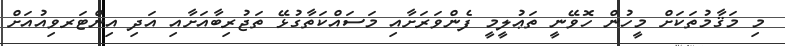
މި މަޤާމުތަކަށް މީހުން ހޮވޭނީ ތަޢުލީމީ ފެންވަރަށާއި މަސައްކަތާގުޅޭ ތަޖުރިބާއަށާއި އަދި އިންޓަރވިއުއަށް